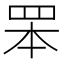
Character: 𦊚